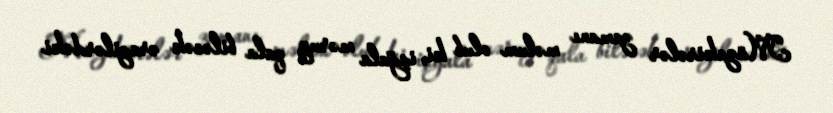
Müzakirələr zamanı məlum olub ki, işğala məruz qala biləcək ərazilərdəki